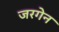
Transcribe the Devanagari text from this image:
जरगेन